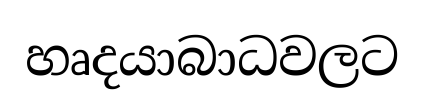
හෘදයාබාධවලට